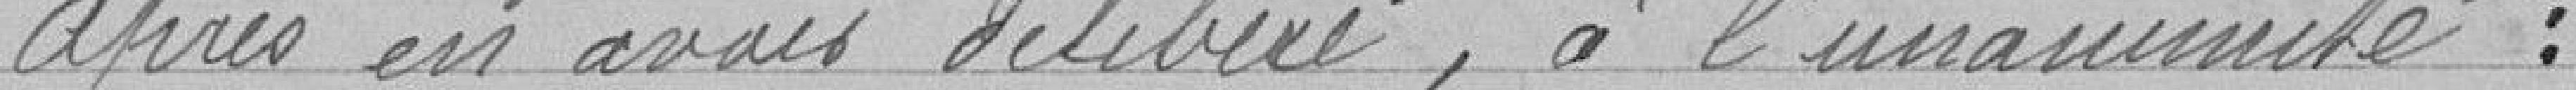
après en avoir délibéré, à l'unanimité :